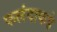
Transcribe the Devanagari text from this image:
फलंदाकडे